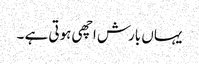
یہاں بارش اچھی ہوتی ہے ۔